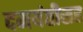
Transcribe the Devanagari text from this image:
दमयंतीसह